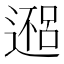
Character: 𬩀